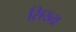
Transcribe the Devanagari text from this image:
सिख्य